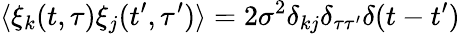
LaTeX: \langle\xi_{k}(t,\tau)\xi_{j}(t^{\prime},\tau^{\prime})\rangle=2\sigma^{2}\delta_{kj}\delta_{\tau\tau^{\prime}}\delta(t-t^{\prime})